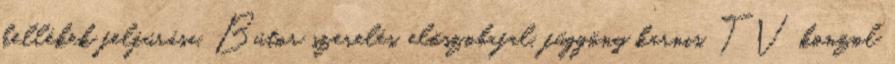
kellékek felfúrása. Bútor szerelés, előszobafal, függöny karnis, TV konzol